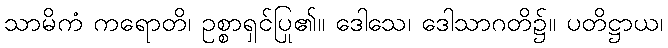
သာမိကံ ကရောတိ၊ ဥစ္စာရှင်ပြု၏။ ဒေါသေ၊ ဒေါသာဂတိ၌။ ပတိဋ္ဌာယ၊